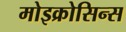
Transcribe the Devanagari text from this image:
मोइक्रोसिन्स